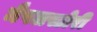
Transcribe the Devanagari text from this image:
मैपलस्टोरी